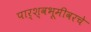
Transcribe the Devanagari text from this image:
पार्श्वभूमीवरचे